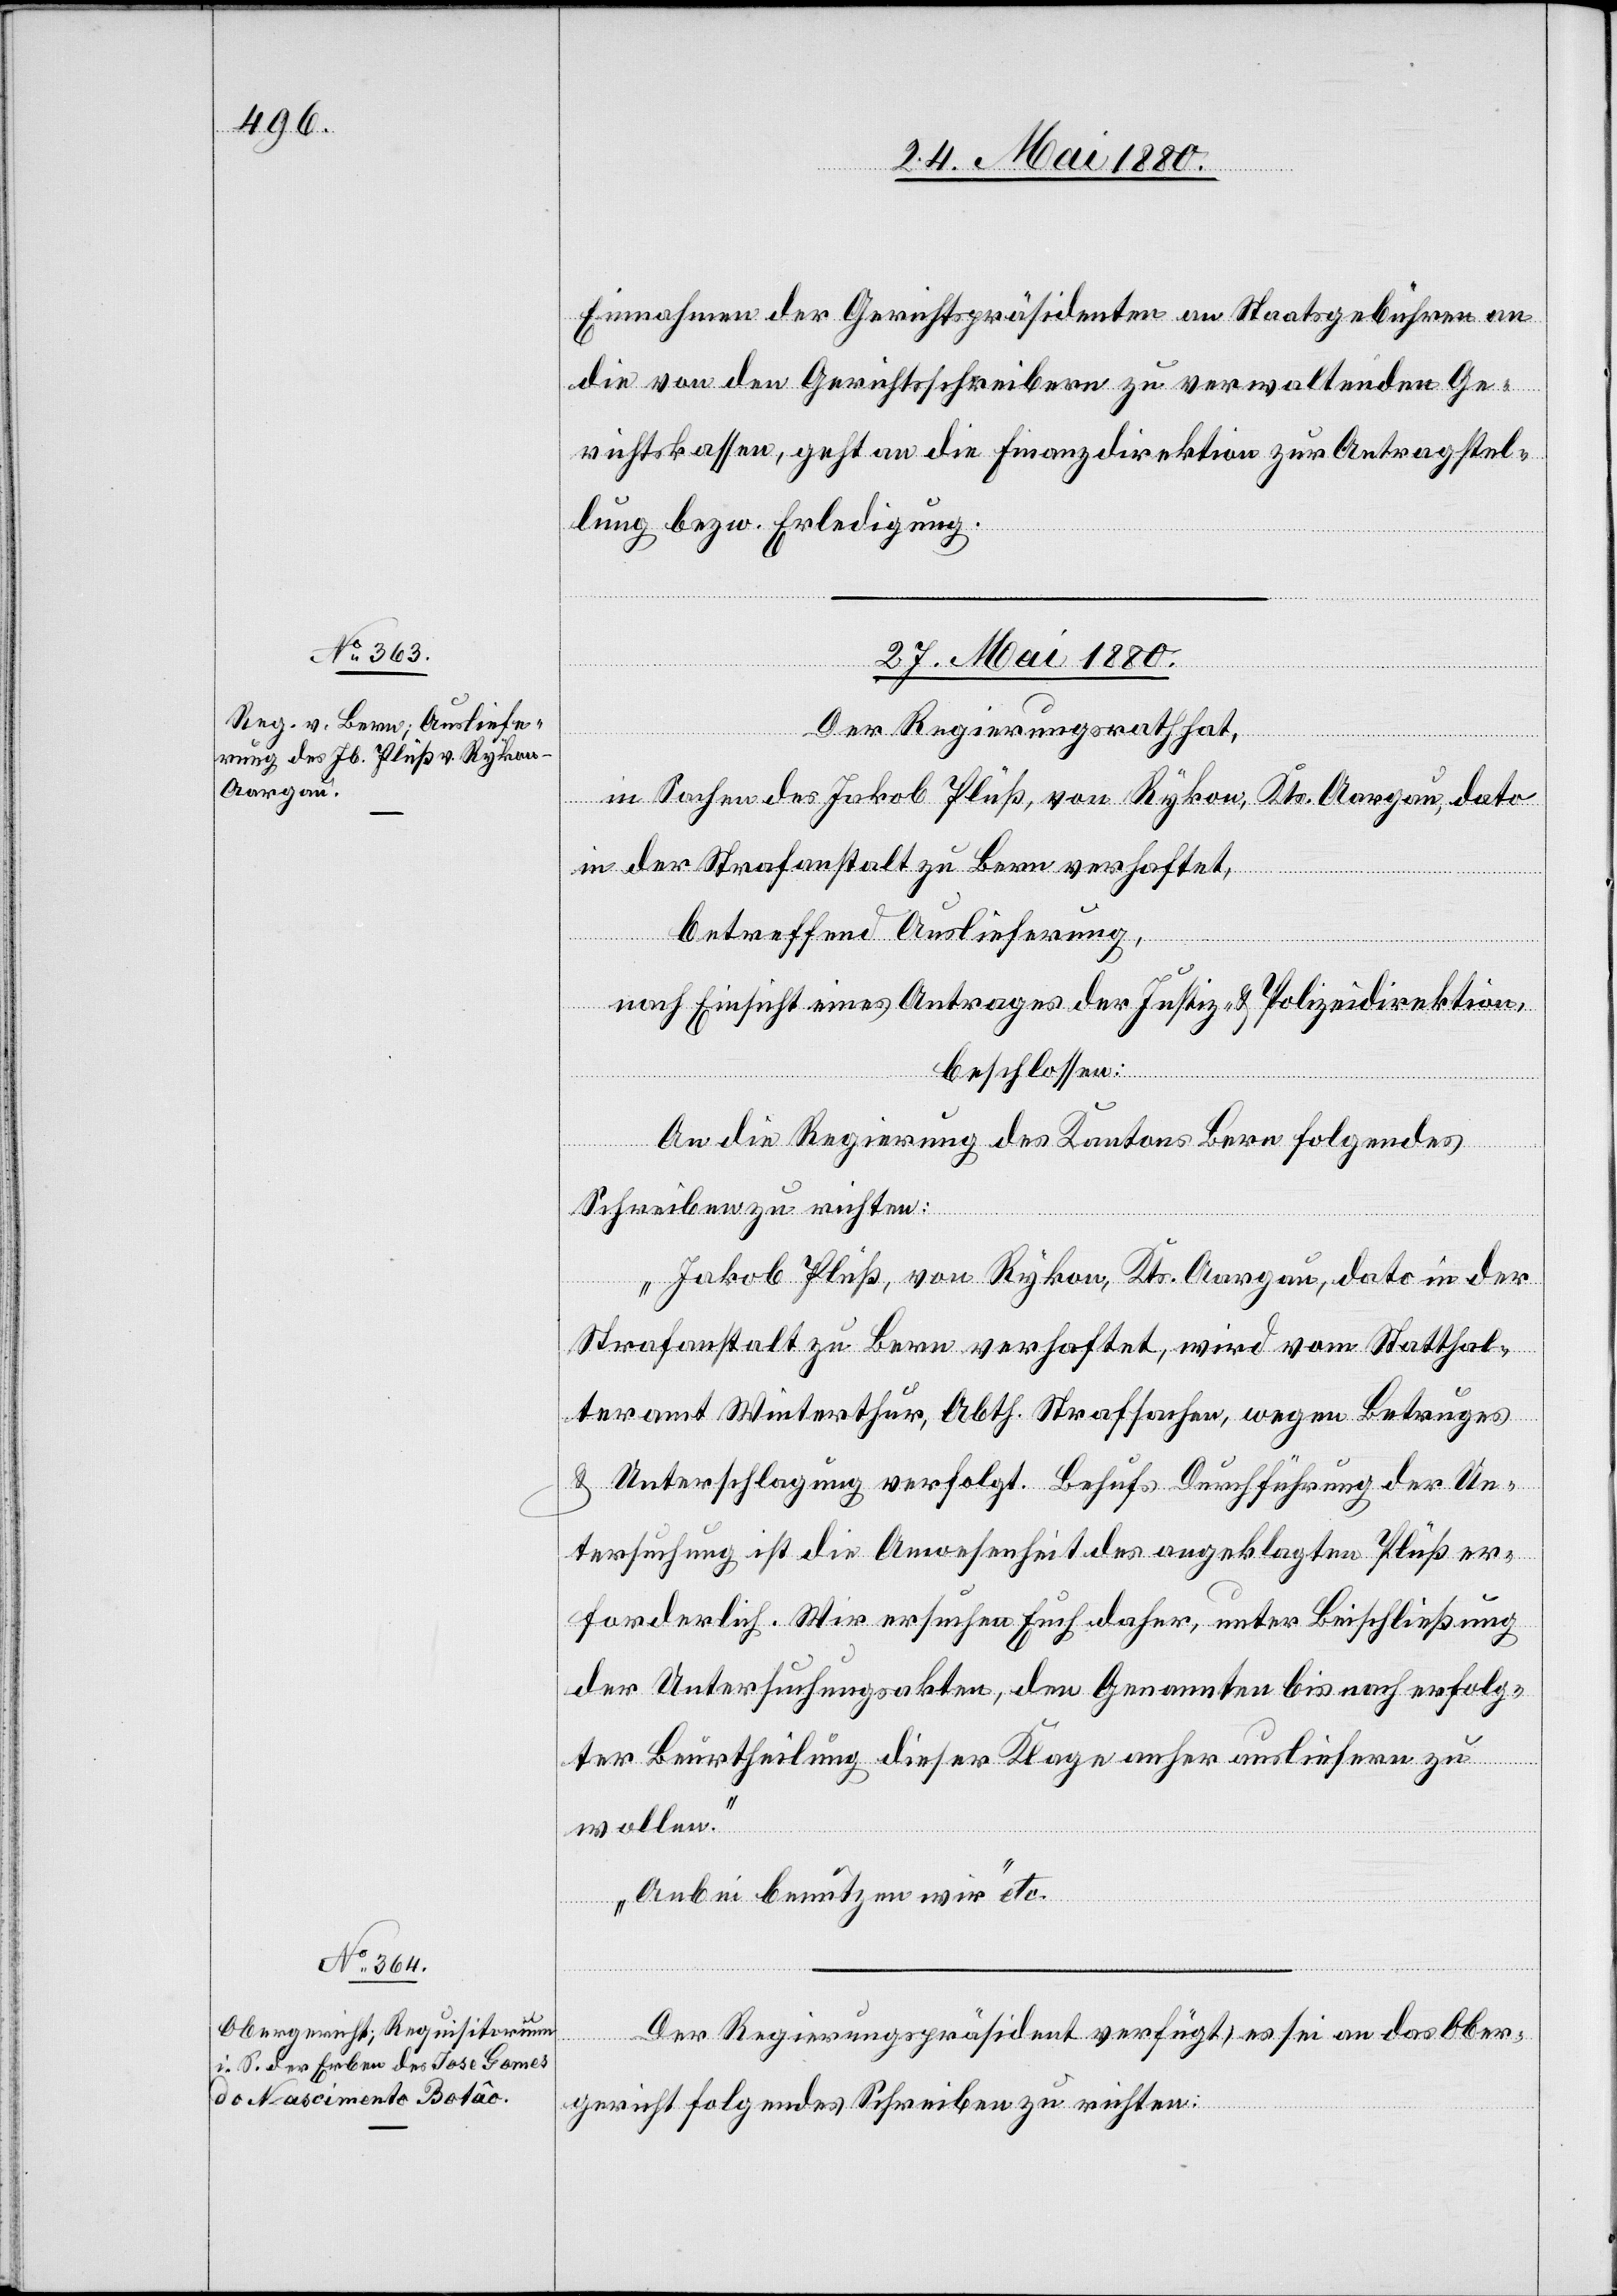
Einnahmen der Gerichtspräsidenten an Staatsgebühren an
die von den Gerichtsschreibern zu verwaltenden Ge¬
richtskassen, geht an die Finanzdirektion zur Antragstel¬
lung bezw. Erledigung.
27. Mai 1880.]
Der Regierungsrath hat,
in Sachen des Jakob Plüß, von Rykon, Kts. Aargau, dato
in der Strafanstalt zu Bern verhaftet,
betreffend Auslieferung,
nach Einsicht eines Antrages der Justiz- & Polizeidirektion,
beschlossen:
An die Regierung des Kantons Bern folgendes
Schreiben zu richten:
„Jakob Plüß, von Rykon, Kts. Aargau, dato in der
Strafanstalt zu Bern verhaftet, wird vom Statthal¬
teramt Winterthur, Abth. Strafsachen, wegen Betruges
& Unterschlagung verfolgt. Behufs Durchführung der Un¬
tersuchung ist die Anwesenheit des angeklagten Plüß er¬
forderlich. Wir ersuchen Euch daher, unter Beischließung
der Untersuchungsakten, den Genannten bis nach erfolg¬
ter Beurtheilung dieser Klage anher ausliefern zu
wollen.
Anbei benutzen wir“ etc.
Der Regierungspräsident verfügt, es sei an das Ober¬
gericht folgendes Schreiben zu richten: